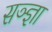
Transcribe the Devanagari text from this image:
सञ्ज्ञा